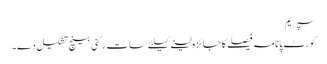
سپریم
کورٹ پانامہ فیصلے کا جائزہ لینے کیلئے سات رکنی بینچ تشکیل دے۔